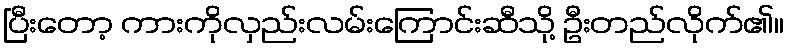
ပြီးတော့ ကားကိုလှည်းလမ်းကြောင်းဆီသို့ ဦးတည်လိုက်၏။